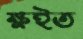
ক্ষইত